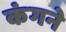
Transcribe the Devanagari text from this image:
कंगने